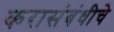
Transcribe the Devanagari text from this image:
करासंबंधीचे